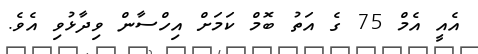
އެއީ އެމް 75 ގެ އަތު ބޮމް ކަމަށް އިހްސާން ވިދާޅުވި އެވެ.